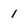
Character: 1